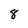
Character: 8